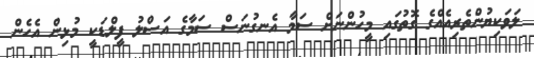
ލަވަކިޔުންތެރިއެއްގެ ގޮތުގައި މީހުންނަށް ސަމާ އެނގުނަސް ސަމާގެ އަސްލު ފީލްޑަކީ މުޅިން އެހެން